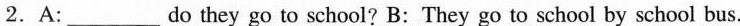
2.A:___do they go to school? B:They go to school by school bus.